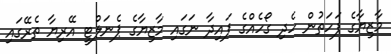
މާޒިޔާގެ ފަހަތުން ހެދި ގޯހެއްގެ ފައިދާ ނަގައި މާޒިޔާގެ ޕެނަލްޓީ އޭރިޔާ ތެރޭގައި